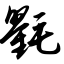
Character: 氍